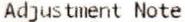
ADJUSTMENT NOTE